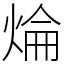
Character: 㷍